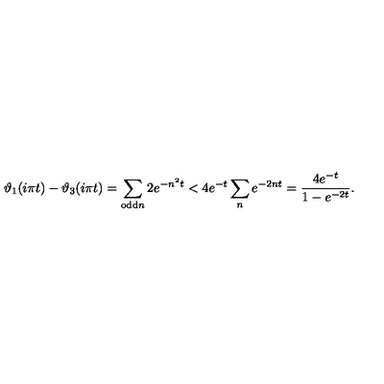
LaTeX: \vartheta _ { 1 } ( i \pi t ) - \vartheta _ { 3 } ( i \pi t ) = \sum _ { \mathrm { o d d } n } 2 e ^ { - n ^ { 2 } t } < 4 e ^ { - t } \sum _ { n } e ^ { - 2 n t } = \frac { 4 e ^ { - t } } { 1 - e ^ { - 2 t } } .